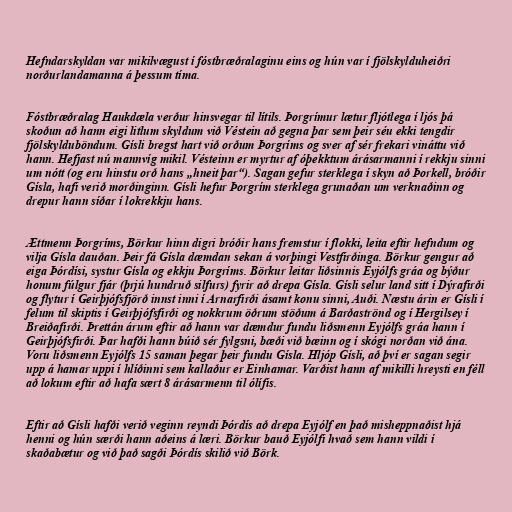
Hefndarskyldan var mikilvægust í fóstbræðralaginu eins og hún var í fjölskylduheiðri
norðurlandamanna á þessum tíma.

Fóstbræðralag Haukdæla verður hinsvegar til lítils. Þorgrímur lætur fljótlega í ljós þá
skoðun að hann eigi litlum skyldum við Véstein að gegna þar sem þeir séu ekki tengdir
fjölskylduböndum. Gísli bregst hart við orðum Þorgríms og sver af sér frekari vináttu við
hann. Hefjast nú mannvíg mikil. Vésteinn er myrtur af óþekktum árásarmanni í rekkju sinni
um nótt (og eru hinstu orð hans „hneit þar“). Sagan gefur sterklega í skyn að Þorkell, bróðir
Gísla, hafi verið morðinginn. Gísli hefur Þorgrím sterklega grunaðan um verknaðinn og
drepur hann síðar í lokrekkju hans.

Ættmenn Þorgríms, Börkur hinn digri bróðir hans fremstur í flokki, leita eftir hefndum og
vilja Gísla dauðan. Þeir fá Gísla dæmdan sekan á vorþingi Vestfirðinga. Börkur gengur að
eiga Þórdísi, systur Gísla og ekkju Þorgríms. Börkur leitar liðsinnis Eyjólfs gráa og býður
honum fúlgur fjár (þrjú hundruð silfurs) fyrir að drepa Gísla. Gísli selur land sitt í Dýrafirði
og flytur í Geirþjófsfjörð innst inni í Arnarfirði ásamt konu sinni, Auði. Næstu árin er Gísli í
felum til skiptis í Geirþjófsfirði og nokkrum öðrum stöðum á Barðaströnd og í Hergilsey í
Breiðafirði. Þrettán árum eftir að hann var dæmdur fundu liðsmenn Eyjólfs gráa hann í
Geirþjófsfirði. Þar hafði hann búið sér fylgsni, bæði við bæinn og í skógi norðan við ána.
Voru liðsmenn Eyjólfs 15 saman þegar þeir fundu Gísla. Hljóp Gísli, að því er sagan segir
upp á hamar uppi í hlíðinni sem kallaður er Einhamar. Varðist hann af mikilli hreysti en féll
að lokum eftir að hafa sært 8 árásarmenn til ólífis.

Eftir að Gísli hafði verið veginn reyndi Þórdís að drepa Eyjólf en það misheppnaðist hjá
henni og hún særði hann aðeins á læri. Börkur bauð Eyjólfi hvað sem hann vildi í
skaðabætur og við það sagði Þórdís skilið við Börk.